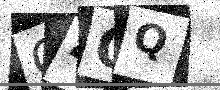
Text: O4QQ